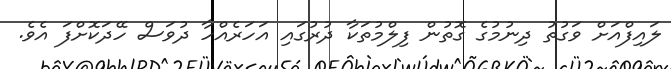
ލައިފްއަށް ވަގުތު ދިނުމުގެ ގޮތުން ފިލްމުތަކާ ދުރުގައި އަހަރެއްހާ ދުވަސް ހޭދަކޮށްފަ އެވެ.